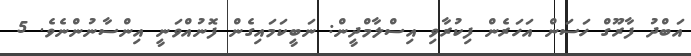
އަބްދު ފާރޫގް ހަސަން އަހަރެން ފިކުރާވި އިސްލާމްދީން: ނަބީކަމައިގެން ފޮނުއްވަނީ އިންސާނުންނެވެ. 5